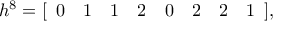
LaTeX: h ^ { 8 } = [ \begin{array} { c c c c c c c c } { { 0 } } & { { 1 } } & { { 1 } } & { { 2 } } & { { 0 } } & { { 2 } } & { { 2 } } & { { 1 } } \end{array} ] ,